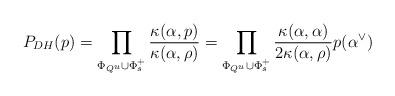
LaTeX: \begin{align*}P_{DH}(p)=\prod_{\Phi_{Q^u}\cup \Phi_s^+}\frac{\kappa(\alpha,p)}{\kappa(\alpha,\rho)}=\prod_{\Phi_{Q^u}\cup \Phi_s^+}\frac{\kappa(\alpha,\alpha)}{2\kappa(\alpha,\rho)} p(\alpha^{\vee})\end{align*}